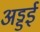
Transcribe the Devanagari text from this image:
अड्डई